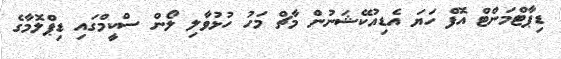
ޑިޕާޓްމަންޓް އޮފް ހަޔަ އެޑިއުކޭޝަނުން މާޗް މަހު ހުޅުވާލި ލޯން ސްކީމްގައި ޑިޕްލޮމާގެ